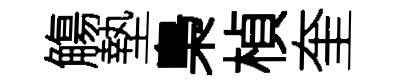
觴墊梟楨奎